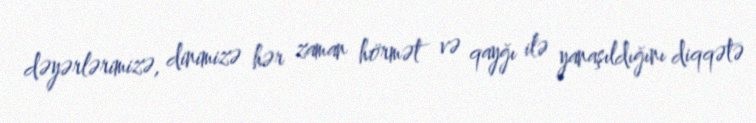
dəyərlərimizə, dinimizə hər zaman hörmət və qayğı ilə yanaşıldığını diqqətə